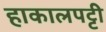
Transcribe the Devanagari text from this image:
हाकालपट्टी